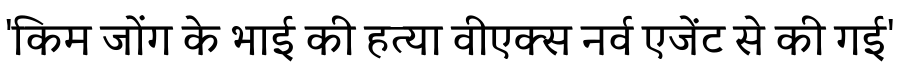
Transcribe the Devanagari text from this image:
'किम जोंग के भाई की हत्या वीएक्स नर्व एजेंट से की गई'